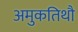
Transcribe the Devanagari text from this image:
अमुकतिथौ